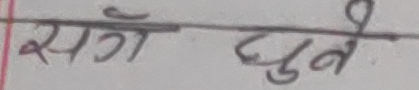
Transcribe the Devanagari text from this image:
सौग धुबे